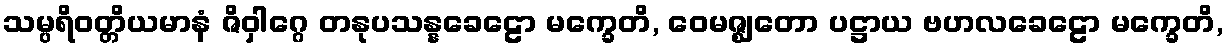
သမ္ပရိဝတ္တိယမာနံ ဇိဝှါဂ္ဂေ တနုပသန္နခေဠော မက္ခေတိ, ဝေမဇ္ဈတော ပဋ္ဌာယ ဗဟလခေဠော မက္ခေတိ,